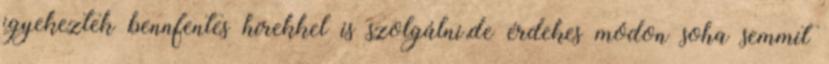
igyekeztek bennfentes hírekkel is szolgálni,de érdekes módon soha semmit